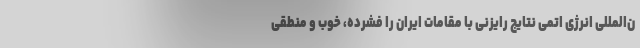
ن‌المللی انرژی اتمی نتایج رایزنی با مقامات ایران را فشرده، خوب و منطقی